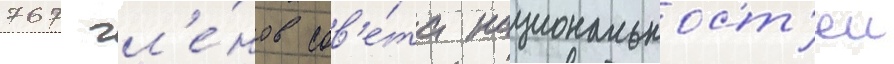
767 чл'е́нов сов'е́та национальност'еи